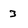
Character: 3